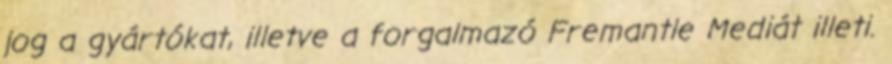
jog a gyártókat, illetve a forgalmazó Fremantle Mediát illeti.